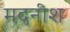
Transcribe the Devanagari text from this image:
मदनीश